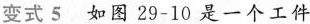
变式5 如图29-10是一个工件